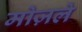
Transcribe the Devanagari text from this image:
मोज़ले